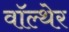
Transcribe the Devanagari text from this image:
वॉल्थेर